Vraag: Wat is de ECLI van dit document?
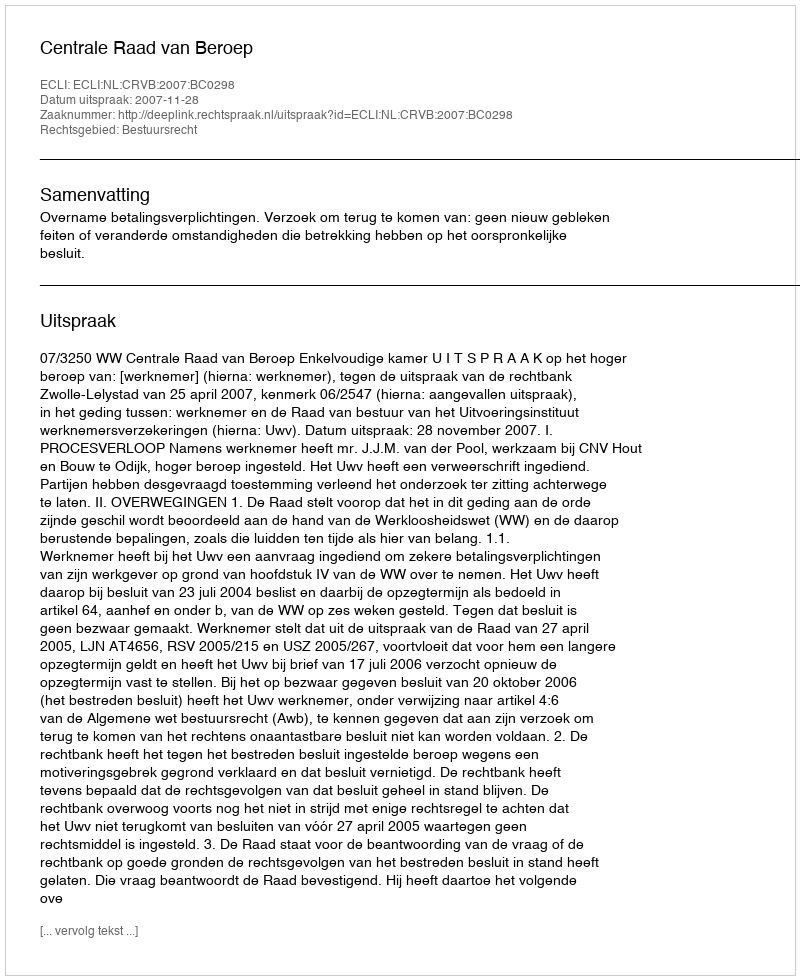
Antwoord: ECLI:NL:CRVB:2007:BC0298